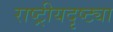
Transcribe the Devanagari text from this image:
राष्‍ट्रीयदृष्ट्या